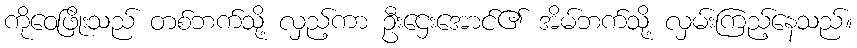
ကိုဝေဖြိုးသည် တစ်ဘက်သို့ လှည့်ကာ ဦးဌေးအောင်၏ အိမ်ဘက်သို့ လှမ်းကြည့်နေသည်။